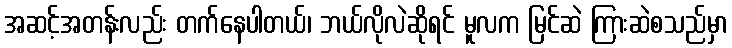
အဆင့်အတန်းလည်း တက်နေပါတယ်၊ ဘယ်လိုလဲဆိုရင် မူလက မြင်ဆဲ ကြားဆဲစသည်မှာ